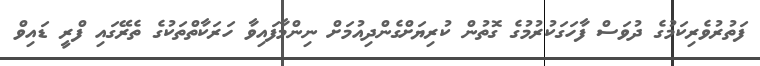
ފަތުރުވެރިކަމުގެ ދުވަސް ފާހަގަކުރުމުގެ ގޮތުން ކުރިޔަށްގެންދިއުމަށް ނިންމާފައިވާ ހަރަކާތްތަކުގެ ތެރޭގައި ފްރީ ޑައިވް